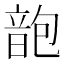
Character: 𩐜